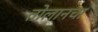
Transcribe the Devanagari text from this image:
तोलानचा